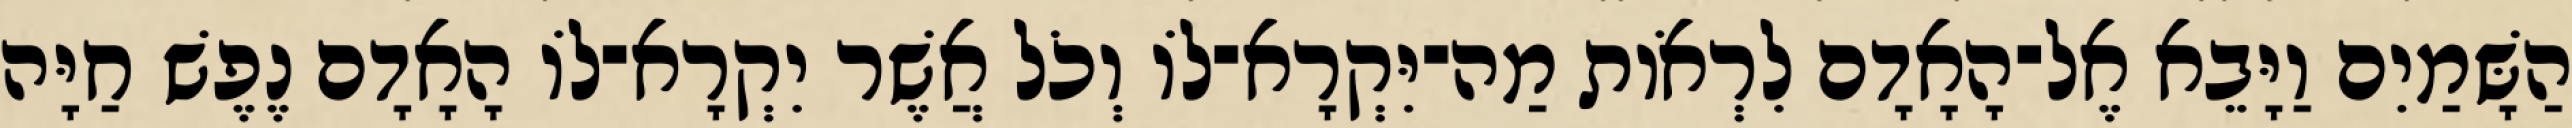
הַשָּׁמַיִם וַיָּבֵא אֶל־הָאָדָם לִרְאֹות מַה־יִּקְרָא־לֹו וְכֹל אֲשֶׁר יִקְרָא־לֹו הָאָדָם נֶפֶשׁ חַיָּה